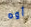
أوه